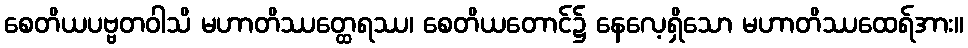
စေတိယပဗ္ဗတဝါသိ မဟာတိဿတ္ထေရဿ၊ စေတိယတောင်၌ နေလေ့ရှိသော မဟာတိဿထေရ်အား။